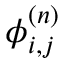
\phi _ { i , j } ^ { ( n ) }